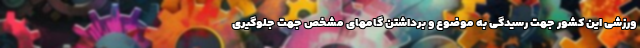
ورزشی این کشور جهت رسیدگی به موضوع و برداشتن گامهای مشخص جهت جلوگیری